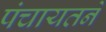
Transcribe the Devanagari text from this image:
पंचायतने